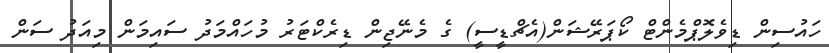
ހައުސިން ޑިވެލޮޕްމެންޓް ކޯޕަރޭޝަން(އެޗްޑީސީ) ގެ މެނޭޖިން ޑިރެކްޓަރު މުހައްމަދު ސައިމަން މިއަދު ސަން